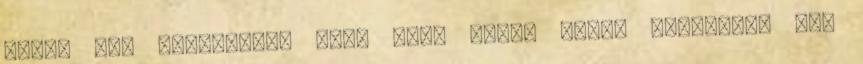
illik ide szerintem, mint John Rambo véres trikójára egy